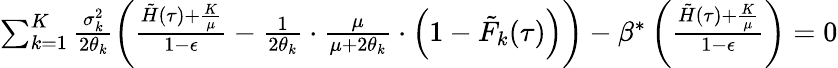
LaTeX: \begin{array}{r}{\sum_{k=1}^{K}\frac{\sigma_{k}^{2}}{2\theta_{k}}\left(\frac{\tilde{H}(\tau)+\frac{K}{\mu}}{1-\epsilon}-\frac{1}{2\theta_{k}}\cdot\frac{\mu}{\mu+2\theta_{k}}\cdot\left(1-\tilde{F}_{k}(\tau)\right)\right)-\beta^{*}\left(\frac{\tilde{H}(\tau)+\frac{K}{\mu}}{1-\epsilon}\right)=0}\end{array}